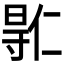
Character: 𫴮